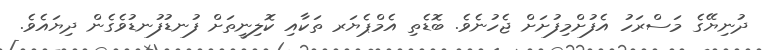
ދުނިޔޭގެ މަސްރަހު އެފުށްމިފުށަށް ޖެހުނެވެ. ބޮޑެތި އެމްޕެޔަރ ތަކާއި ކޮލިނީތަށް ފުނޑުފުނޑުވެގެން ދިޔައެވެ.